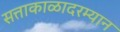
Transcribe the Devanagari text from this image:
सत्ताकाळादरम्यान